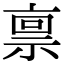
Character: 禀